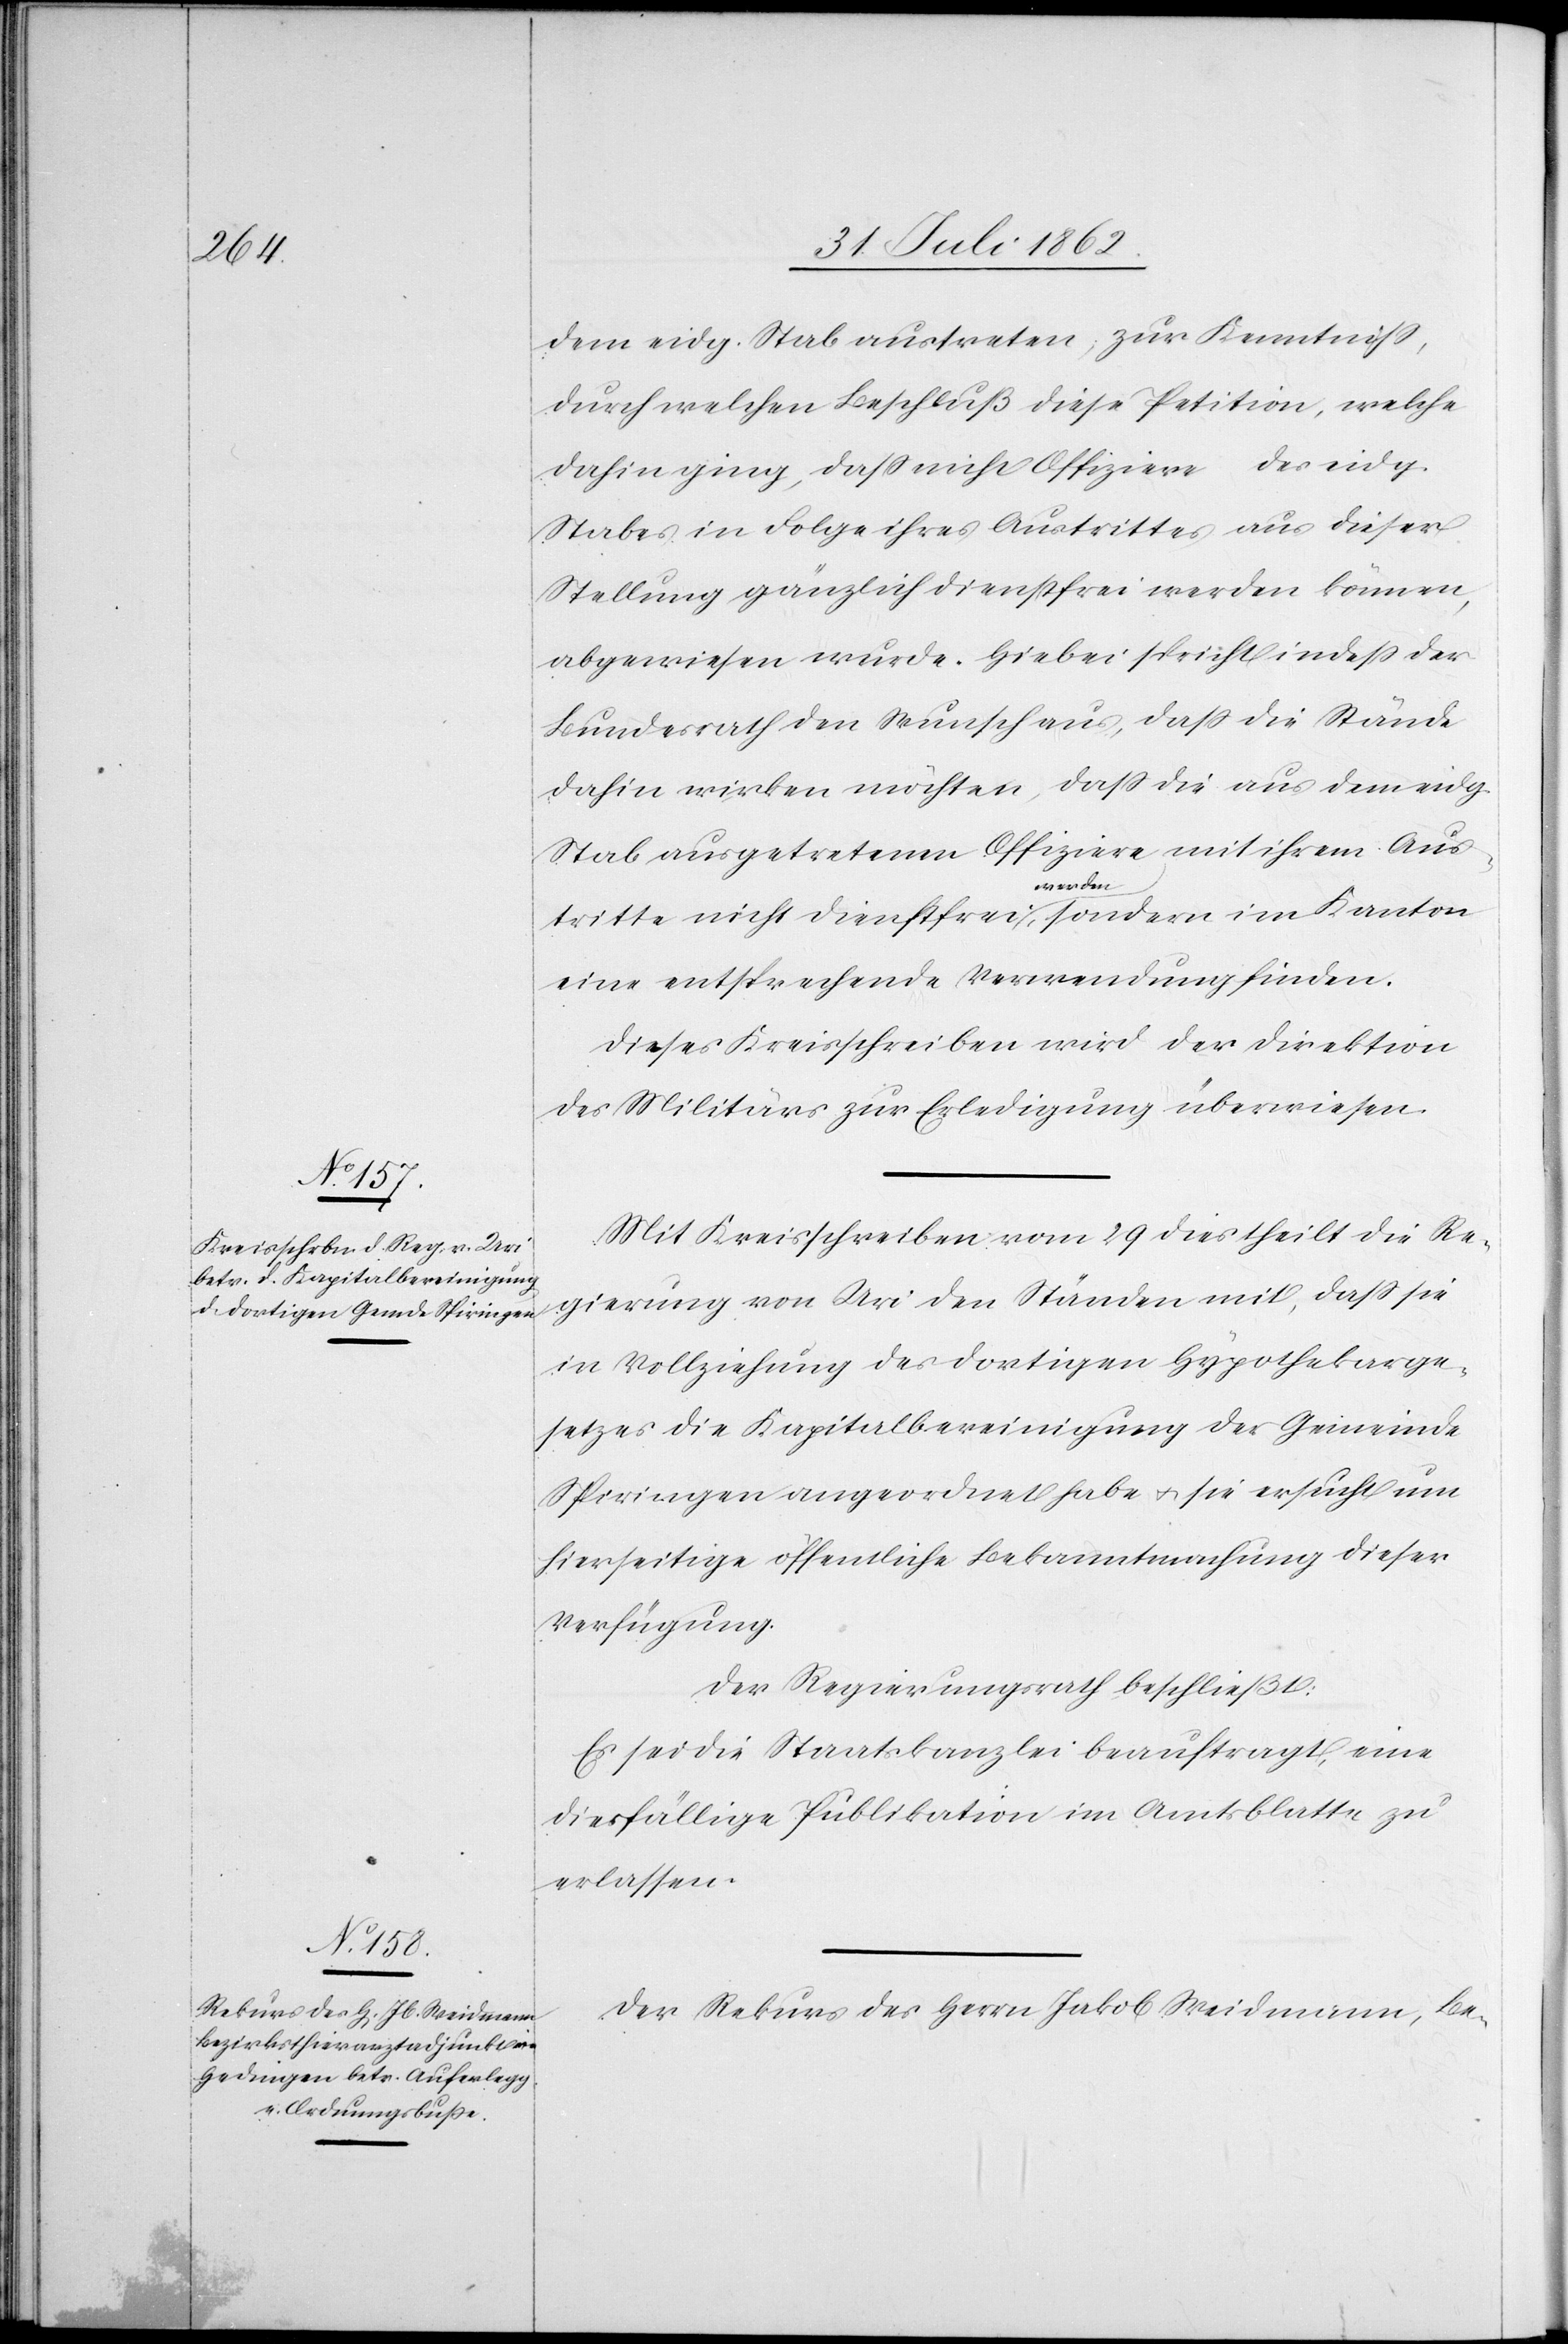
dem eidg. Stab austreten, zur Kenntniß,
durch welchen Beschluß diese Petition, welche
dahin ging, daß nicht Offiziere des eidg.
Stabes in Folge ihres Austrittes aus dieser
Stellung gänzlich dienstfrei werden können,
abgewiesen wurde. Hiebei spricht indeß der
Bundesrath den Wunsch aus, daß die Stände
dahin wirken möchten, daß die aus dem eidg.
Stab ausgetretenen Offiziere mit ihrem Aus¬
tritte nicht dienstfrei werden, sondern im Kanton
eine entsprechende Verwendung finden.
Dieses Kreisschreiben wird der Direktion
des Militärs zur Erledigung überwiesen.
Mit Kreisschreiben vom 29. dies theilt die Re¬
gierung von Uri den Ständen mit, daß sie
in Vollziehung des dortigen Hypothekarge¬
setzes die Kapitalbereinigung der Gemeinde
Spiringen angeordnet habe u. sie ersucht um
hierseitige öffentliche Bekanntmachung dieser
Verfügung.
Der Regierungsrath beschließt:
Es sei die Staatskanzlei beauftragt, eine
diesfällige Publikation im Amtsblatte zu
erlassen.
Der Rekurs des Herrn Jakob Weidmann, Be-